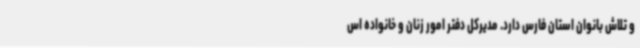
و تلاش بانوان استان فارس دارد. مدیرکل دفتر امور زنان و خانواده اس